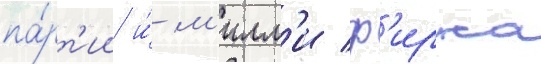
па́рт'ии и́ м'илл'и ф'ирка